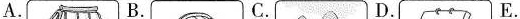
A. B. C. D. E.